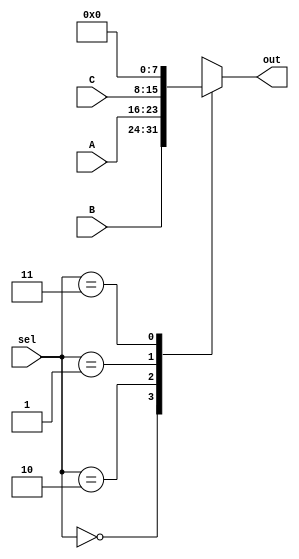
`timescale 1ns / 1ps

module mux4x1_8bit(A, B, C, sel, out);

  input      [7:0] A;
  input      [7:0] B;
  input      [7:0] C;
  input      [1:0] sel;
  output reg [7:0] out;

  always@(*)
  begin
    case(sel)
      2'b00:  out <= B;
      2'b10:  out <= A;
      2'b01:  out <= C;
      2'b11:  out <= 0;
    default:  out <= 0;

   endcase
  end
 
endmodule